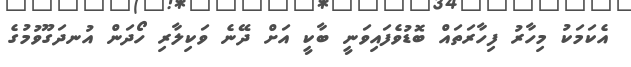
އެކަމަކު މިހާރު ފިހާރަތައް ބޮޑުވެފައިވަނީ ބާކީ އަށް ދޭނެ ވަކިލާރި ހޯދަން އުނދަގޫވުމުގެ